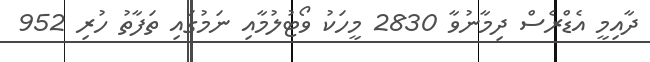
ދާއިމީ އެޑްރެސް ދިމާނުވާ 2830 މީހަކު ވޯޓުލުމާއި ނަމުގައި ތަފާތު ހުރި 952